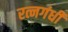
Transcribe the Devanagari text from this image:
रत्नगंधी